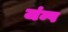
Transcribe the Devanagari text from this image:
जंम्प